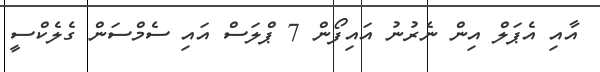
އާއި އެޕަލް އިން ނެރުނު އައިފޯން 7 ޕްލަސް އައި ސެމްސަން ގެލެކްސީ